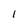
Character: 1